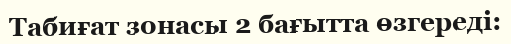
Табиғат зонасы 2 бағытта өзгереді: